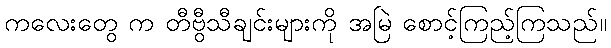
ကလေးတွေ က တီဗွီသီချင်းများကို အမြဲ စောင့်ကြည့်ကြသည်။